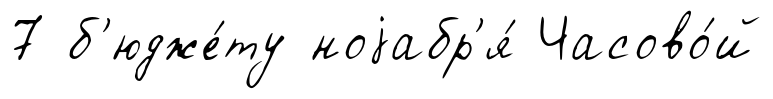
7 б'юдже́ту ноjабр'я́ Часово́й